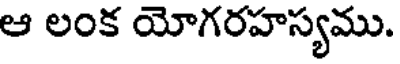
ఆ లంక యోగరహస్యము.